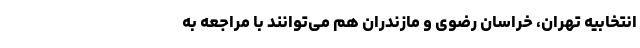
انتخابیه تهران، خراسان رضوی و مازندران هم می‌توانند با مراجعه به